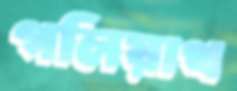
গলিয়াথ